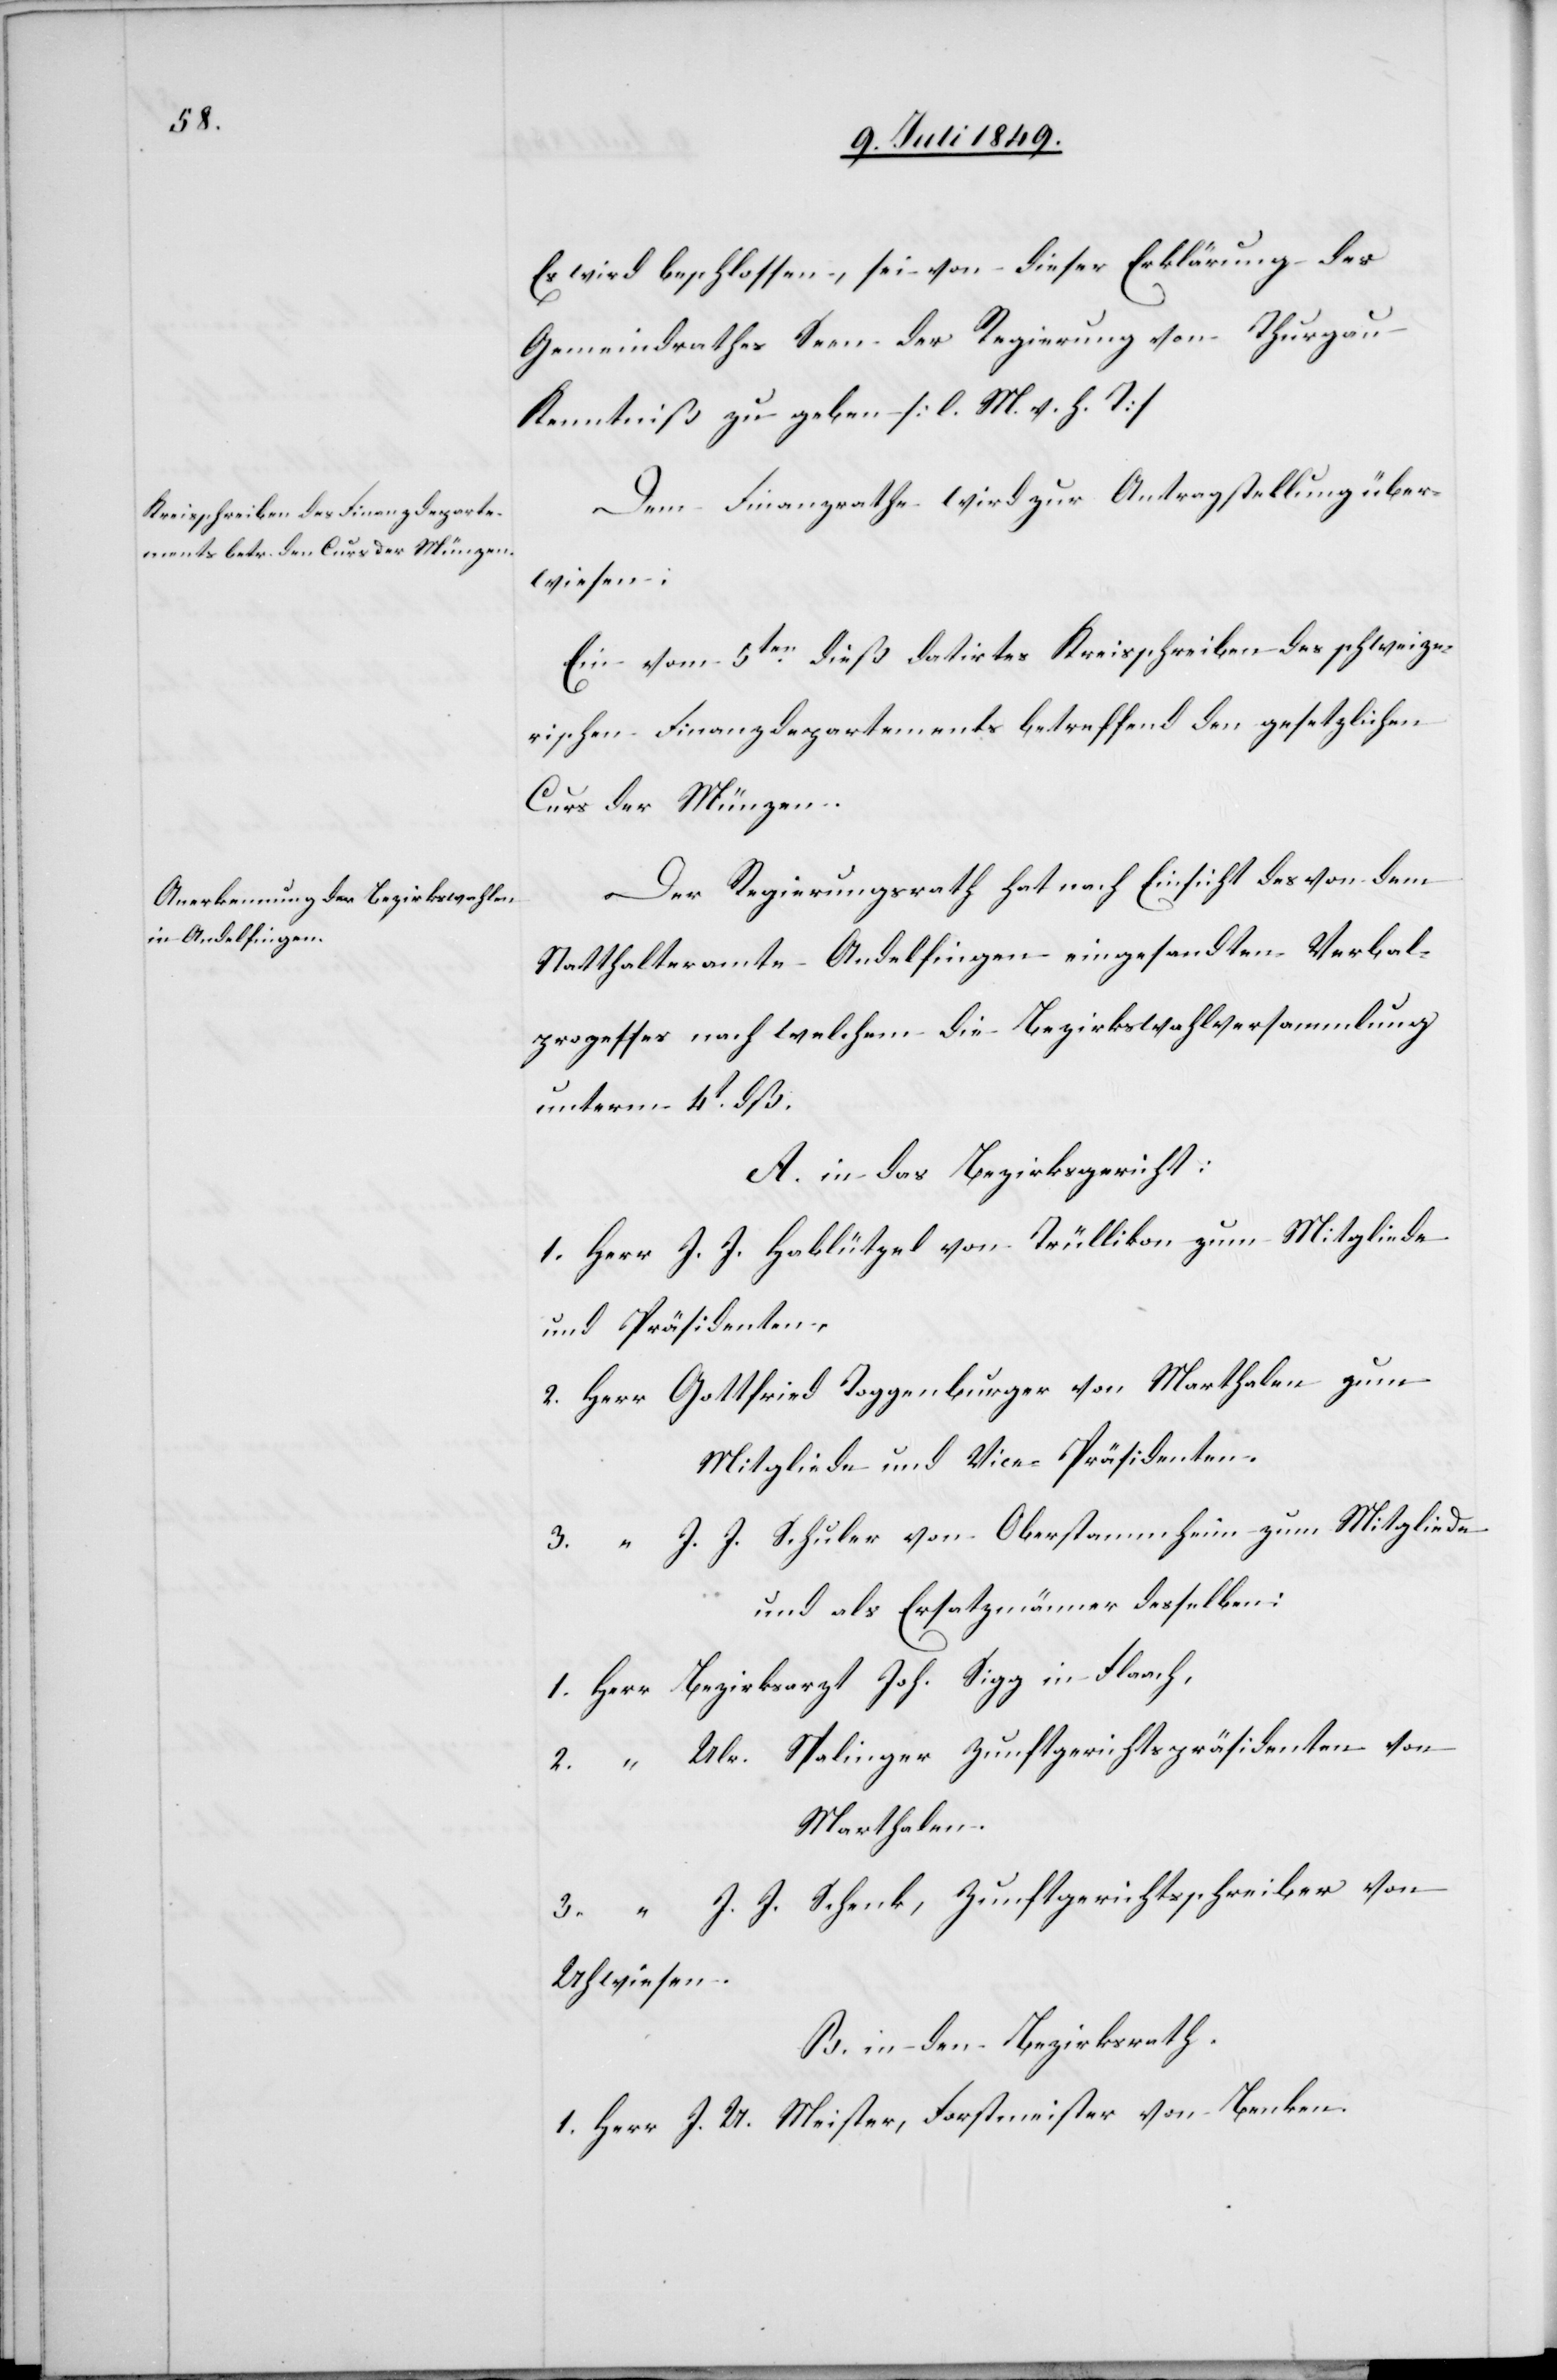
Es wird beschlossen, sei von dieser Erklärung des
Gemeindrathes Seen der Regierung von Thurgau
Kenntniß zu geben [l. M. h. T][.]
Dem Finanzrathe wird zur Antragstellung über¬
wiesen:
Ein vom 5ten dieß datirtes Kreisschreiben des schweize¬
rischen Finanzdepartements betreffend den gesetzlichen
Curs der Münzen.
Der Regierungsrath hat nach Einsicht des von dem
Statthalteramte Andelfingen eingesandten Verbal¬
prozesses nach welchem die Bezirkswahlversammlung
unterm 4t dß.
A. in das Bezirksgericht:
1. Herr J. J. Hablützel von Trüllikon zum Mitgliede
und Präsidenten.
2. Herr	Gottfried Toggenburger von Marthalen zum
Mitgliede und Vice-Präsidenten.
3. 	“	J. J. Schuler von Oberstammheim zum Mitgliede
und als Ersatzmänner desselben:
1. Herr	Bezirksarzt Joh. Sigg in Flaach,
2.	“	Ulr. Spalinger Zunftgerichtspräsidenten von
Marthalen.
3.	“	J. J. Schenk, Zunftgerichtsschreiber von
Uhwiesen.
B. in den Bezirksrath.
1. Herr	J. U. Meister, Forstmeister von Benken.